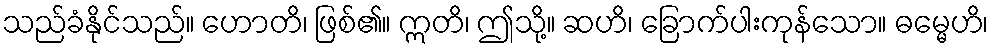
သည်ခံနိုင်သည်။ ဟောတိ၊ ဖြစ်၏။ ဣတိ၊ ဤသို့။ ဆဟိ၊ ခြောက်ပါးကုန်သော။ ဓမ္မေဟိ၊